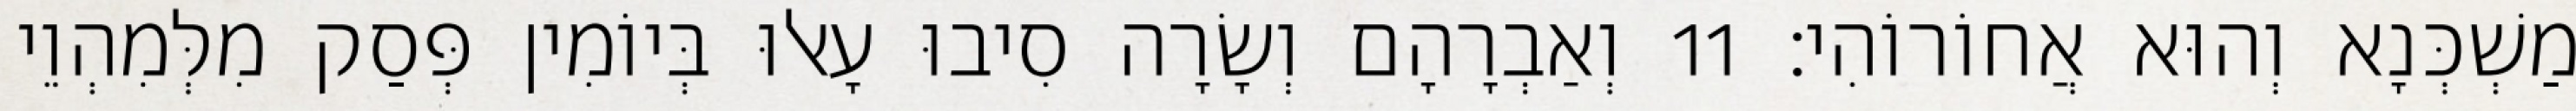
מַשְׁכְּנָא וְהוּא אֲחוֹרוֹהִי׃ 11 וְאַבְרָהָם וְשָׂרָה סִיבוּ עָאלוּ בְּיוֹמִין פְּסַק מִלְּמִהְוֵי